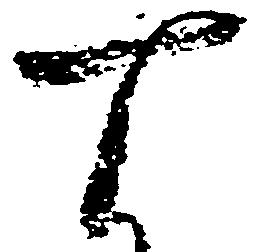
十